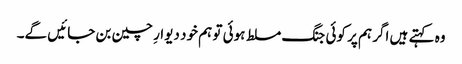
وہ کہتے ہیں اگر ہم پر کوئی جنگ مسلط ہوئی تو ہم خود دیوارِ چین بن جائیں گے۔